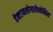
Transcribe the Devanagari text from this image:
डेक्टायलोगारोलोसिस